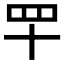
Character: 𦉴